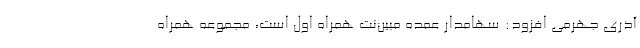
آذری جهرمی افزود: سهامدار عمده مبین‌نت همراه اول است، مجموعه همراه